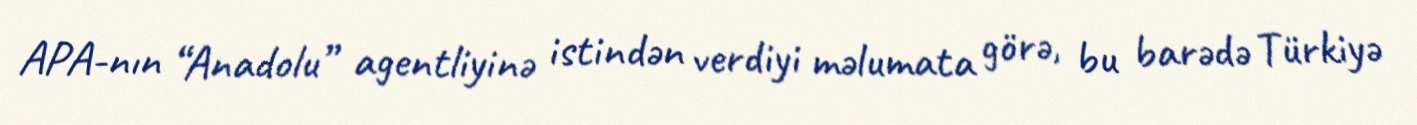
APA-nın “Anadolu” agentliyinə istindən verdiyi məlumata görə, bu barədə Türkiyə